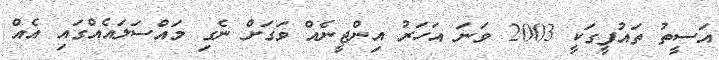
އަސީތު ތައުފީގަކީ 2003 ވަނަ އަހަރު އިންޖީނެއް ވަގަށް ނެގި މައްސަލައެއްގައި އެއް